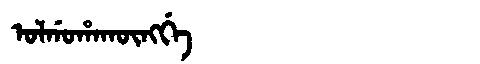
Manchu: ᠣᠯᡤᠣᡥᠠᡴᡡᠩᡤᡝ
Romanization: OLGOHAKŪNGGE